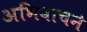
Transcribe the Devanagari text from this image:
अभिवाचने